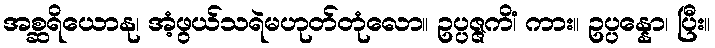
အစ္ဆရိယောနု၊ အံ့ဖွယ်သရဲမဟုတ်တုံလော။ ဥပ္ပဇ္ဇကိံ၊ ကား။ ဥပ္ပန္နော၊ ပြီး။